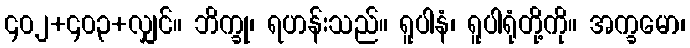
၄၀၂+၄၀၃+လျှင်။ ဘိက္ခု၊ ရဟန်းသည်။ ရူပါနံ၊ ရူပါရုံတို့ကို။ အက္ခမော၊